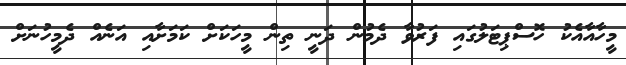
މީހާއާއެކު ހޮސްޕިޓަލުގައި ފަރުވާ ދެމުން ދަނީ ތިން މީހަކަށް ކަމަށާއި އަނެއް ދެމީހުނަށް